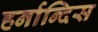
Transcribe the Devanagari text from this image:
हर्नान्दिस